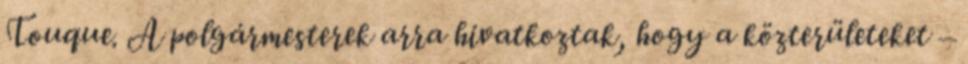
Touque. A polgármesterek arra hivatkoztak, hogy a közterületeket –